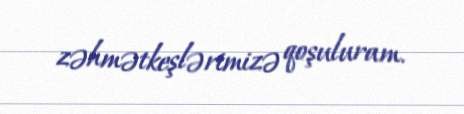
zəhmətkeşlərimizə qoşuluram.